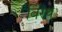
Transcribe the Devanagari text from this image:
विरथ